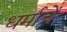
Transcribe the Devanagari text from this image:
धर्माचें